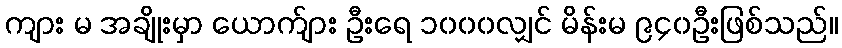
ကျား မ အချိုးမှာ ယောက်ျား ဦးရေ ၁၀၀၀လျှင် မိန်းမ ၉၄၀ဦးဖြစ်သည်။